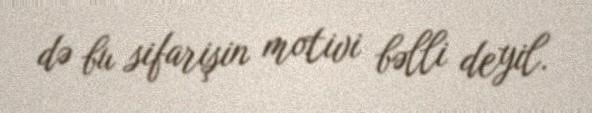
də bu sifarişin motivi bəlli deyil.